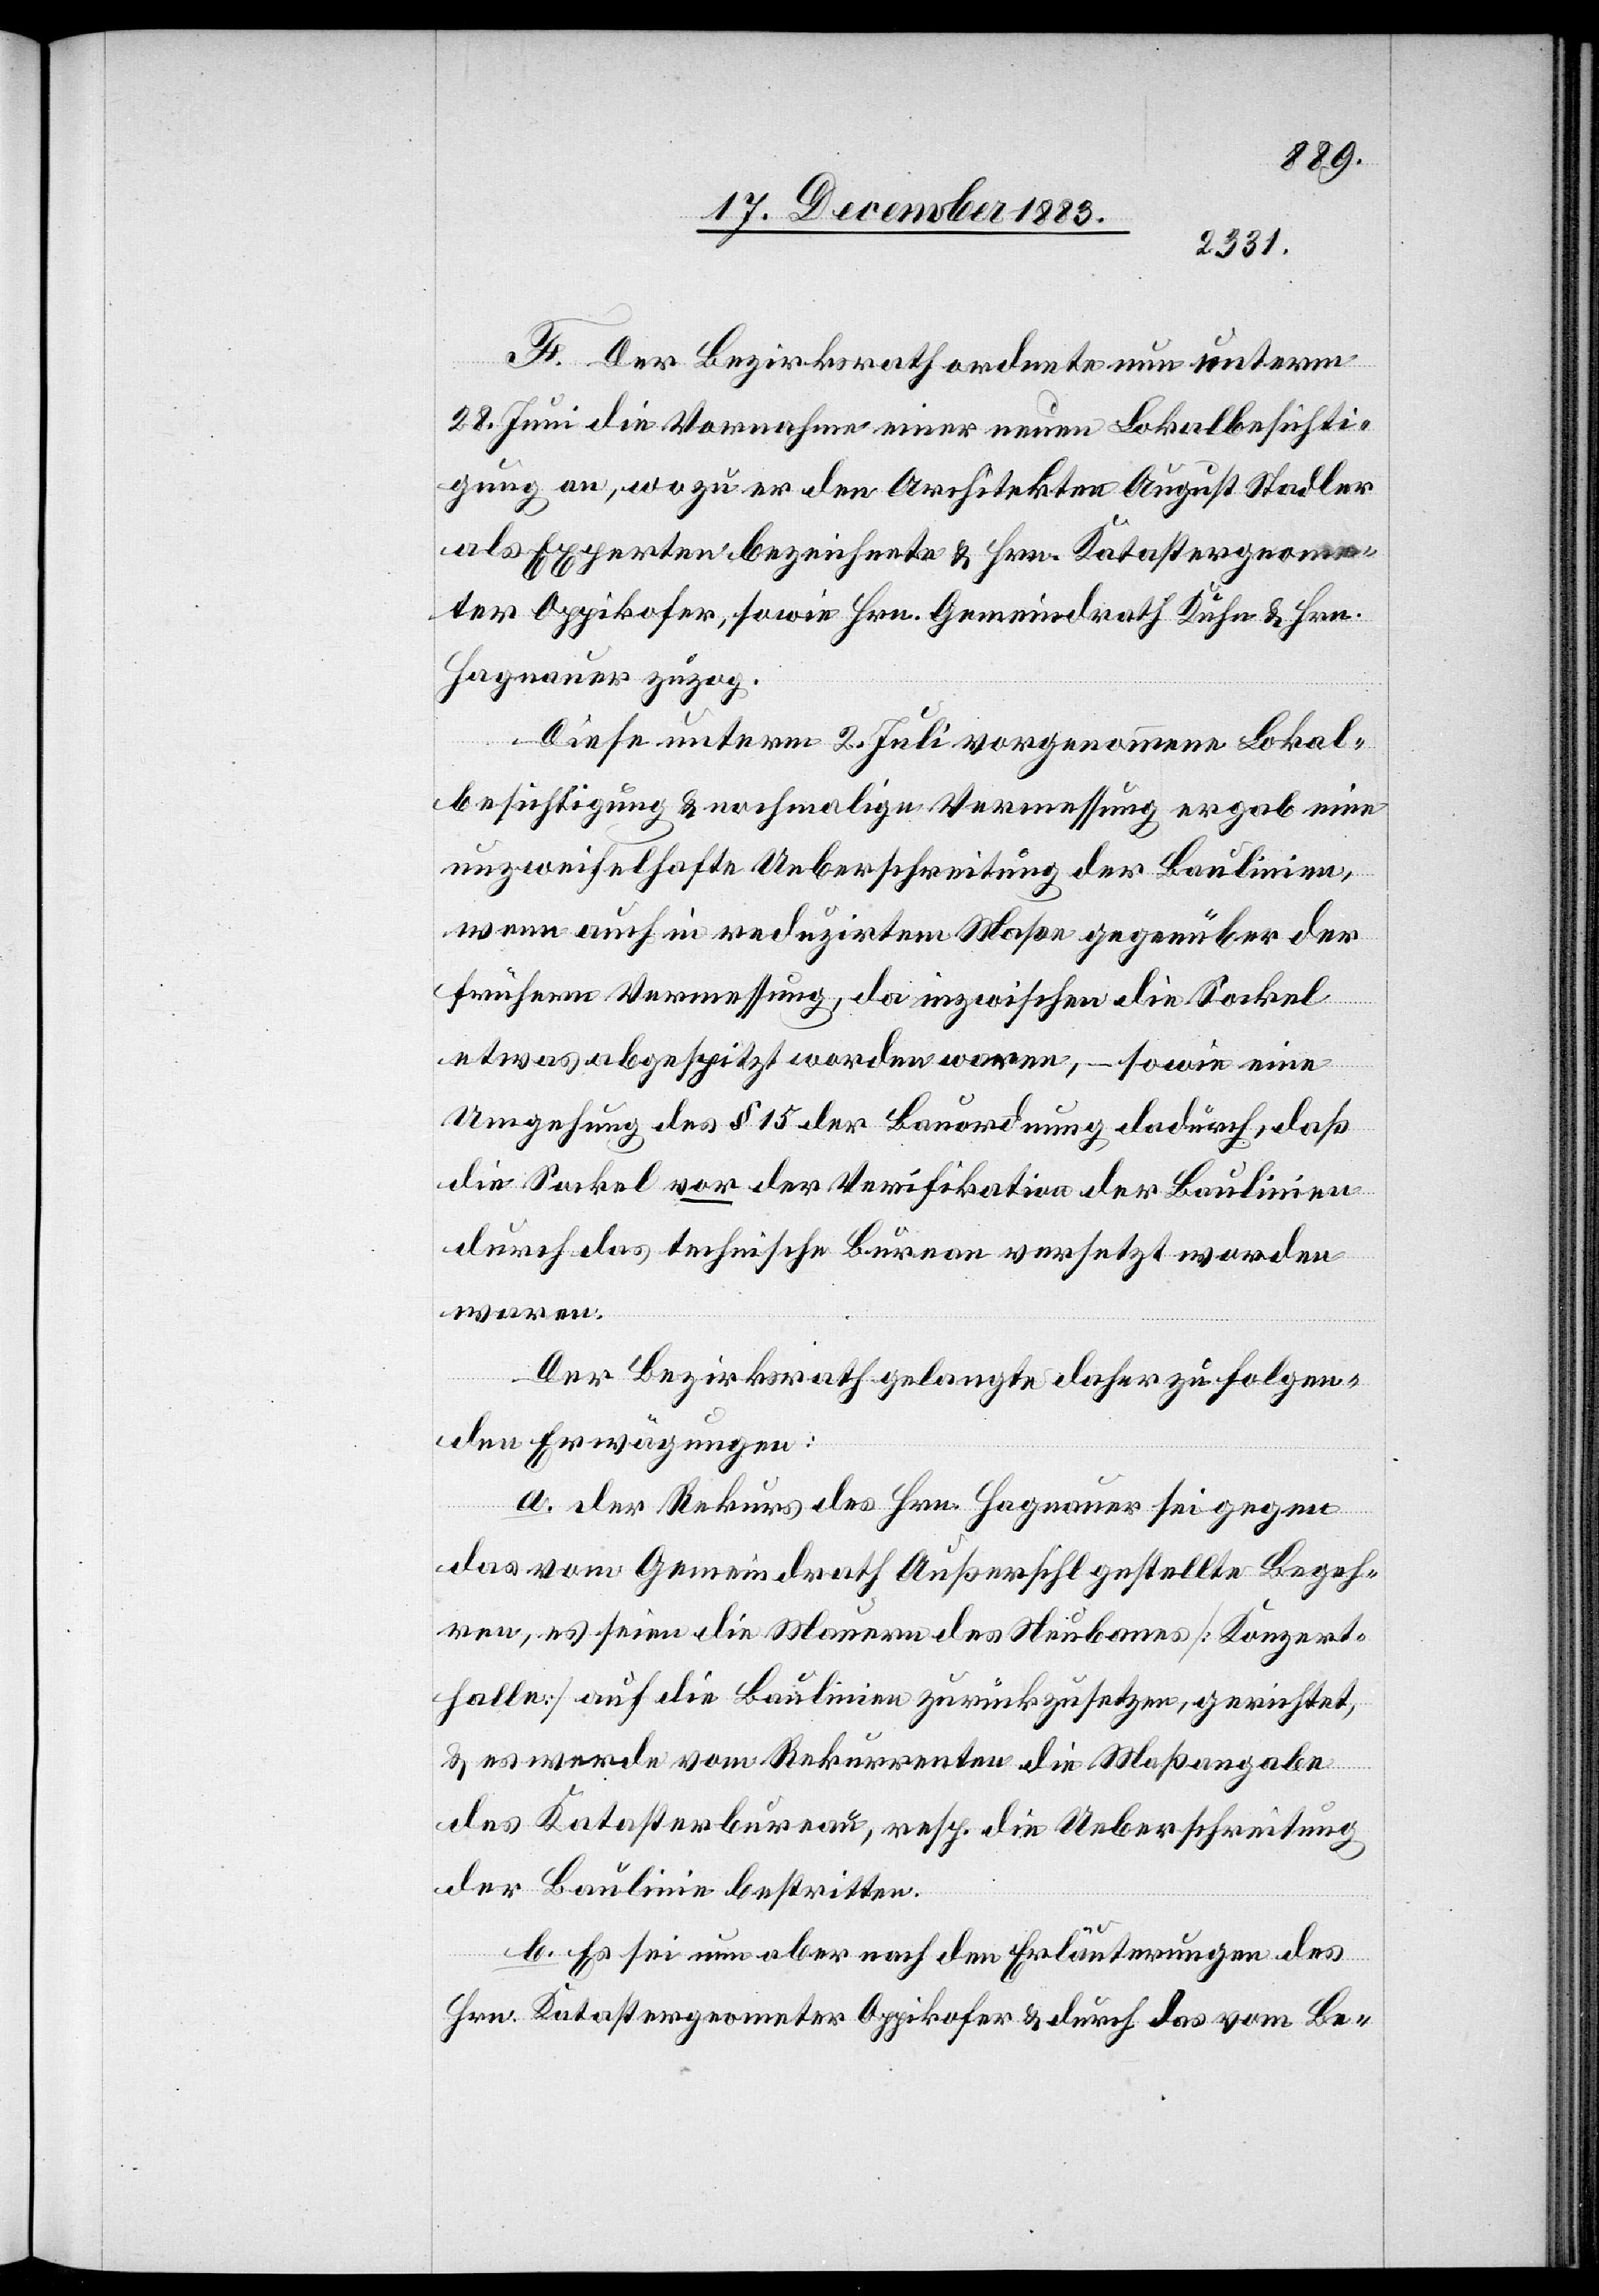
F. Der Bezirksrath ordnete nun unterm
28. Juni die Vornahme einer neuen Lokalbesichti¬
gung an, wozu er den Architekten August Stadler
als Experten bezeichnete & Hrn. Katastergeome¬
ter Oppikofer, sowie Hrn. Gemeindrath Kuhn & Hrn.
Hagnauer zuzog.
Diese unterm 2. Juli vorgenommene Lokal¬
besichtigung & nochmalige Vermessung ergab eine
unzweifelhafte Ueberschreitung der Baulinien,
wenn auch in reduzirtem Maße gegenüber der
frühern Vermessung, da inzwischen die Sockel
etwas abgespitzt worden waren, – sowie eine
Umgehung des § 15 der Bauordnung dadurch, daß
die Sockel vor der Verifikation der Baulinien
durch das technische Bureau versetzt worden
waren.
Der Bezirksrath gelangte daher zu folgen¬
den Erwägungen:
a. der Rekurs des Hrn. Hagnauer sei gegen
das vom Gemeindrath Außersihl gestellte Begeh¬
ren, es seien die Mauern des Neubaues [Konzert¬
halle] auf die Baulinien zurückzusetzen, gerichtet,
& es werde vom Rekurrenten die Maßangabe
des Katasterbureau, resp. die Ueberschreitung
der Baulinie bestritten.
b. Es sei nun aber nach den Erläuterungen des
Hrn. Katastergeometer Oppikofer & durch das vom Be-